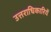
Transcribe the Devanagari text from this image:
उत्तराधिकारियें